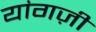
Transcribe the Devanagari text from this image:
यांगज़ी